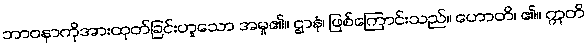
ဘာဝနာကိုအားထုတ်ခြင်းဟူသော အမှု၏။ ဌာနံ၊ ဖြစ်ကြောင်းသည်။ ဟောတိ၊ ၏။ ဣတိ